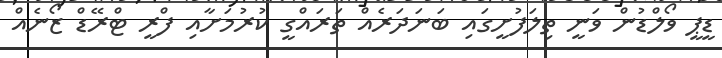
ޑީޕީ ވޯލްޑުން ވަނީ ތިލަފުށީގައި ބަނަދަރެއް ތަރައްގީ ކުރުމަށާއި ފްރީ ޓްރޭޑް ޒޯނެއް